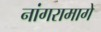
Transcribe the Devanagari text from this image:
नांगरामागे